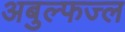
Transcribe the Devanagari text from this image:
अबुल्फज्ल